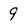
Character: 9